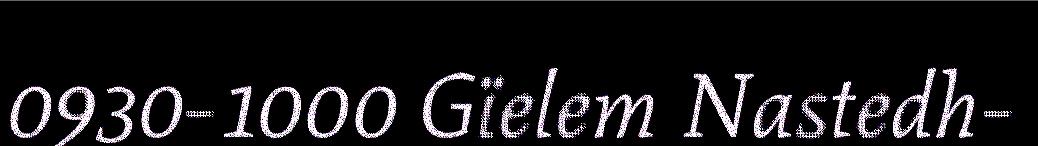
0930-1000 Gïelem Nastedh-